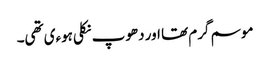
موسم گرم تھا اور دھوپ نکلی ہوءی تھی۔